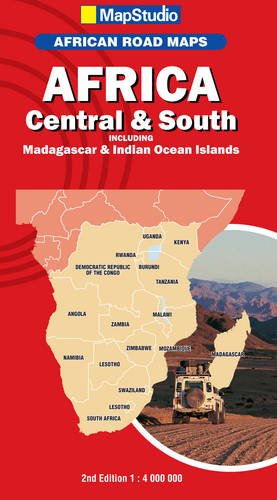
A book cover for Africa Central and South and Madagascar; Map Studio; Travel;